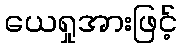
ယေရှုအားဖြင့်